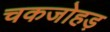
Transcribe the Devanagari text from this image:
चकजोहड़